Vaccination in Bombay 1913-1923 - 1913-1923
Year: 1913
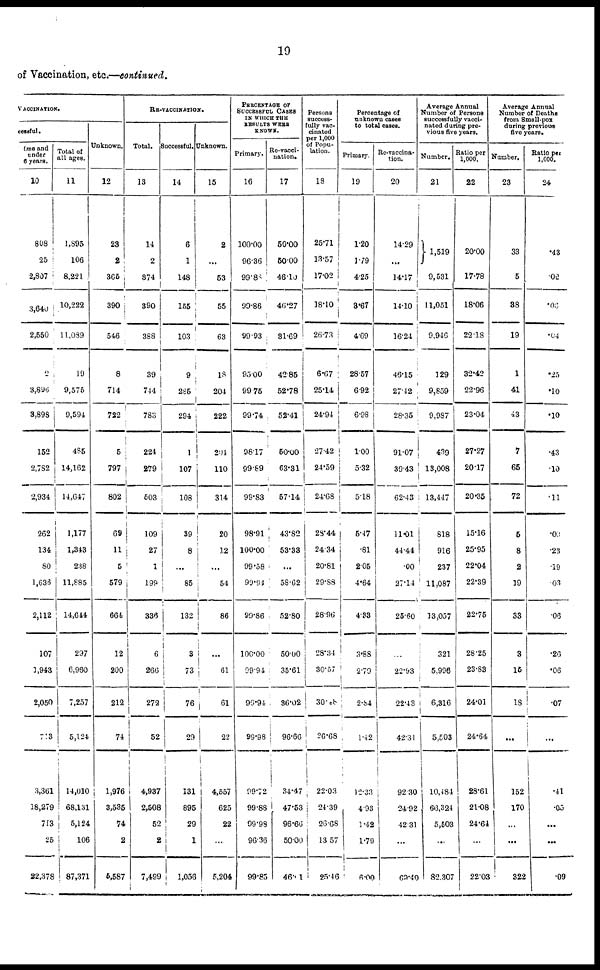
19
of Vaccination, etc.—continued.
VACCINATION.
cessful.
One and
under
6 years.
10
808
25
2,807
3,640
2,550
2
3,896
3,898
152
2,782
2,934
262
134
80
1,636
2,112
107
1,943
2,050
713
3,361
18,279
713
25
22,378
Total of
all ages.
11
1,895
106
8,221
10,222
11,089
19
9,576
9,594
485
14,162
14,647
1,177
1,343
238
11,885
14,644
297
6,960
7,257
5,124
14,010
68,131
5,124
106
87,371
Unknown.
12
23
2
365
390
546
8
714
722
5
797
802
69
11
5
579
664
12
200
212
74
1,976
3,535
74
2
5,587
RE-VACCINATION.
Total.
13
14
2
374
390
388
39
744
783
224
279
503
109
27
1
199
336
6
266
272
52
4,937
2,508
52
2
7,499
Successful.
14
6
1
148
155
103
9
285
294
1
107
108
39
8
...
85
132
3
73
76
29
131
895
29
1
1,056
Unknown.
15
2
...
53
55
63
18
204
222
204
110
314
20
12
...
54
86
...
61
61
22
4,557
625
22
...
5,204
PERCENTAGE OF
SUCCESSFUL CASES
IN WHICH THE
RESULTS WERE
KNOWN.
Primary.
16
100.00
96.36
99.88
99.86
99.93
95.00
99.75
99.74
98.17
99.89
99.83
98.91
100.00
99.58
99.94
99.86
100.00
99.94
99.94
99.98
99.72
99.88
99.98
96.36
99.85
Re-vacci¬
nation.
17
50.00
50.00
46.10
46.27
31.69
42.85
52.78
52.41
50.00
63.31
57.14
43.82
53.33
...
58.62
52.80
50.00
35.61
36.02
96.66
34.47
47.53
96.66
50.00
46.01
Persons
success-
fully vac-
cinated
per 1,000
of Popu-
lation.
18
25.71
13.57
17.02
18.10
26.73
6.67
25.14
24.94
27.42
24.59
24.68
28.44
24.34
20.81
29.88
28.96
28.34
30.57
30.08
26.68
22.03
24.39
26.68
13.57
25.46
Percentage of
unknown cases
to total cases.
Primary.
19
1.20
1.79
4.25
3.67
4.69
28.57
6.92
6.08
1.00
5.32
5.18
5.47
.81
2.05
4.64
4.33
3.88
2.79
2.84
1.42
12.33
4.93
1.42
1.79
6.00
Re-vaccina-
tion.
20
14.29
...
14.17
14.10
16.24
46.15
27.42
28.35
91.07
39.43
62.43
11.01
44.44
.00
27.14
25.60
...
22.93
22.43
42.31
92.30
24.92
42.31
...
69.40
Average Annual
Number of Persons
successfully vacci-
nated during pre-
vious five years.
Number.
21
1,519
9,531
11,051
9,946
129
9,859
9,987
439
13,008
13,447
818
916
237
11,087
13,057
321
5,996
6,316
5,503
10,484
66,324
5,503
...
82.307
Ratio per
1,000.
22
20.00
17.78
18.06
22.18
32.42
22.96
23.04
27.27
20.17
20.35
15.16
25.95
22.04
22.39
22.75
28.25
23.83
24.01
24.64
28.61
21.08
24.64
...
22.03
Average Annual
Number of Deaths
from Small-pox
during previous
five years.
Number.
23
33
5
38
19
1
41
43
7
65
72
5
8
2
19
33
3
15
18
...
152
170
...
...
322
Ratio per
1,000.
24
.43
.02
.06
.04
.25
.10
.10
.43
.10
.11
.00
.23
.19
.03
.06
.26
.06
.07
...
.41
.05
...
...
.09